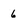
Character: 6